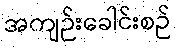
အကျဉ်းခေါင်းစဉ်